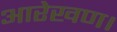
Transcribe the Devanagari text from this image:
आरेखण।